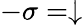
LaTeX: -\sigma=\downarrow